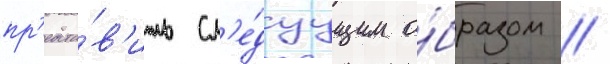
пр'едста́в'ить сл'е́дуущим о́бразом //